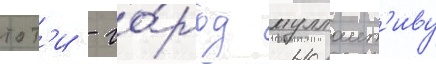
тот'и - го́род муллаит'иву